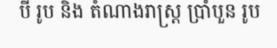
បី រូប និង តំណាងរាស្ត្រ ប្រាំបួន រូប